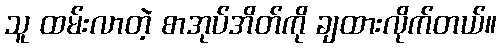
သူ ထမ်းလာတဲ့ စာအုပ်အိတ်ကို ချထားလိုက်တယ်။